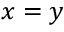
x = y